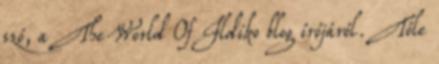
szó, a The World Of Ildiko blog írójáról. Tőle